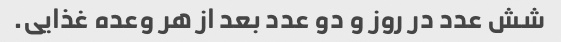
شش عدد در روز و دو عدد بعد از هر وعده غذایی.